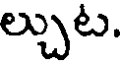
ల్చుట.